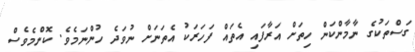
ގަސްތަކުގެ ނާމާންކަން ހިތަށް އަރާފައި އެތައް ފަހަރަކު އެތަނަށް ނުވަދެ ހުންނަމެވެ. ކޮންމެވެސް